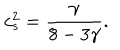
LaTeX: c _ { s } ^ { 2 } = \frac { \gamma } { 8 - 3 \gamma } .